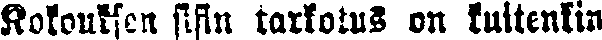
Kokouksen sisin tarkotus on kuitenkin